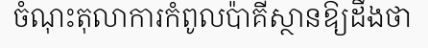
ចំណុះតុលាការកំពូលប៉ាគីស្ថានឱ្យដឹងថា